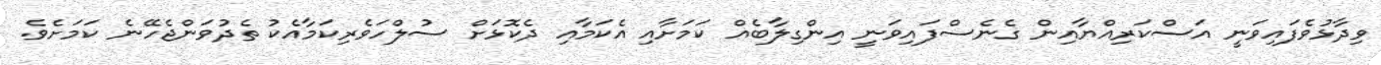
ވިދާޅުވެފައިވަނީ އަސްކަރިއްޔާއިން ގެނެސްފައިވަނީ އިންގިލާބެއް ކަމަށާއި އެކަމާއި ދެކޮޅަށް ސުލްހަވެރިކަމާއެކު ތެދުވަންޖެހޭނެ ކަމަށެވެ.